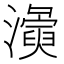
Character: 𭳛